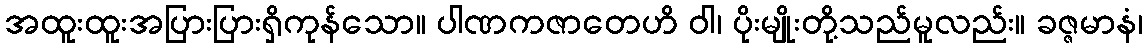
အထူးထူးအပြားပြားရှိကုန်သော။ ပါဏကဇာတေဟိ ဝါ၊ ပိုးမျိုးတို့သည်မူလည်း။ ခဇ္ဇမာနံ၊